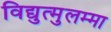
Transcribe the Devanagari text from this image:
विद्युत्मुलम्मा